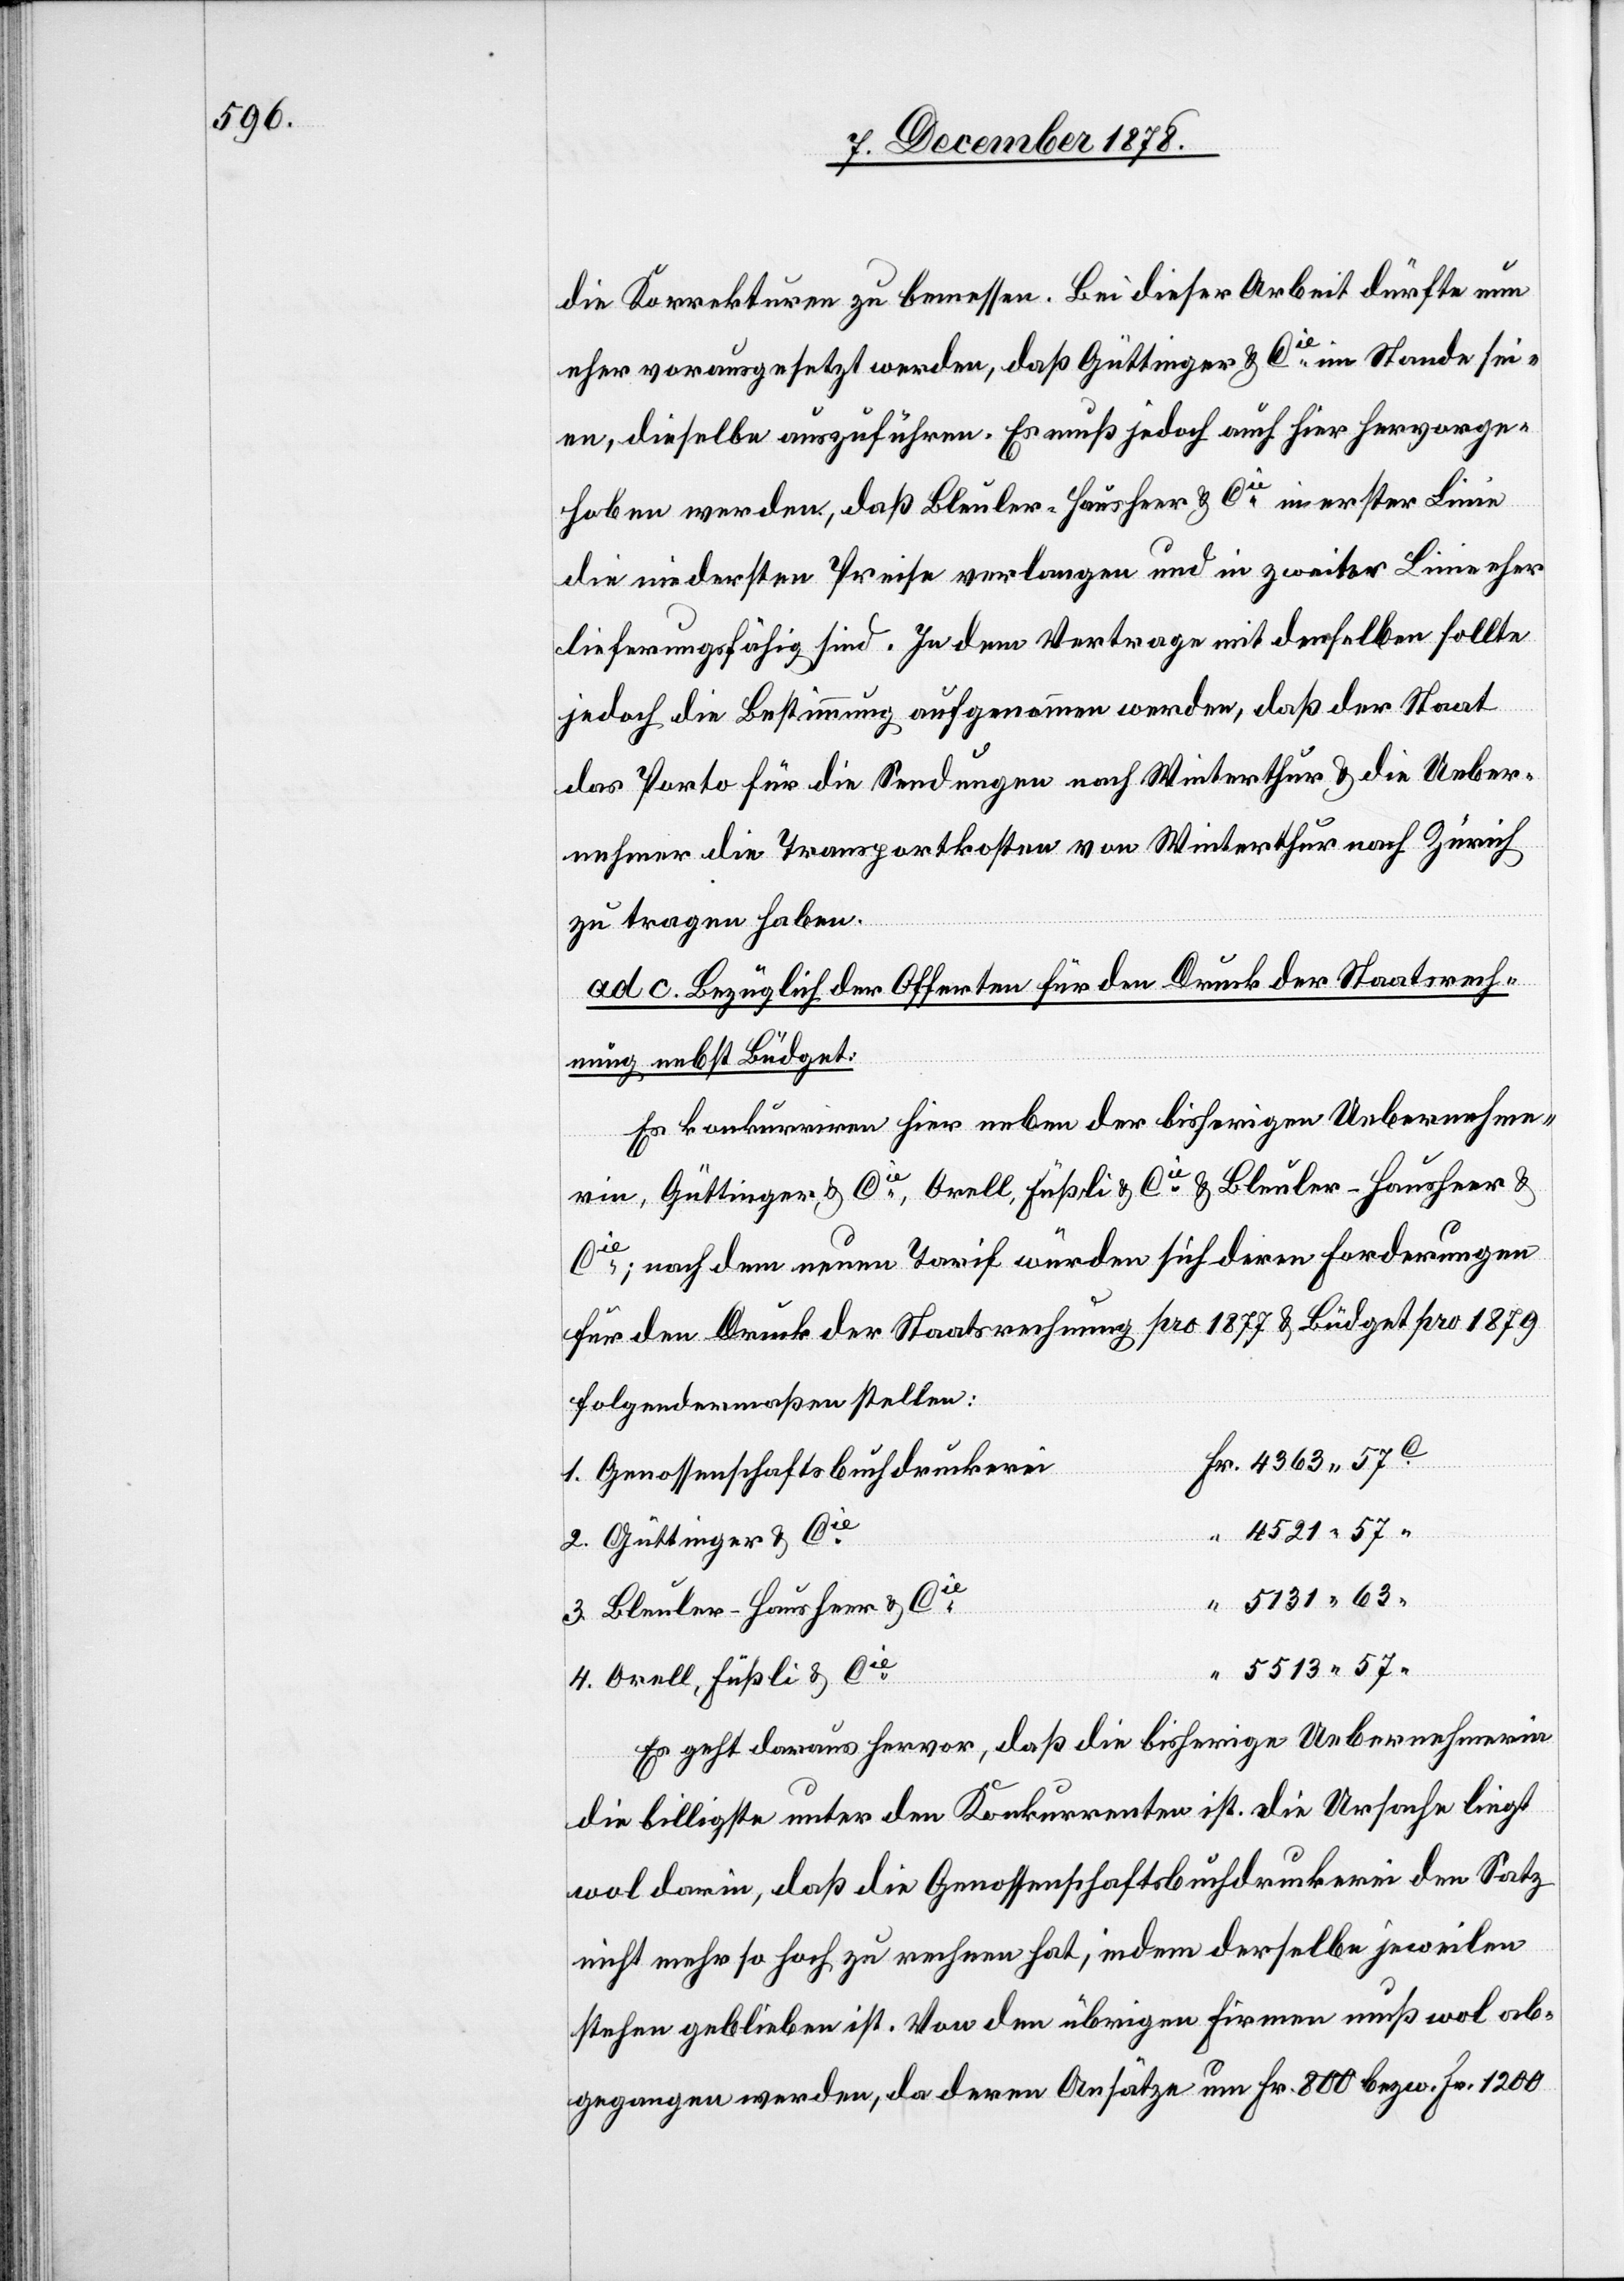
die Korrekturen zu bemessen. Bei dieser Arbeit dürfe nun
eher vorausgesetzt werden, daß Güttinger & Cie im Stande sei¬
en, dieselbe auszuführen. Es muß jedoch auch hier hervorge¬
hoben werden, daß Bleuler-Hausheer & Cie in erster Linie
die niedersten Preise verlangen und in zweiter Linie eher
lieferungsfähig sind. In dem Vertrage mit denselben sollte
jedoch die Bestimmung aufgenommen werden, daß der Staat
das Porto für die Sendungen nach Winterthur & die Ueber¬
nehmer die Transportkosten von Winterthur nach Zürich
zu tragen haben.
ad c. Bezüglich der Offerten für den Druck der Staatsrech¬
nung nebst Büdget:
Es konkurriren hier neben der bisherigen Uebernehme¬
rin, Güttinger & Cie, Orell, Füßli & Cie & Bleuler-Hausheer &
Cie; nach dem neuen Tarif würden sich deren Forderungen
für den Druck der Staatsrechnung pro 1877 & Büdget pro 1879
folgendermaßen stellen:
1. Genossenschaftsbuchdruckerei
Fr.
2. Güttinger & Cie
3. Bleuler-Hausheer & Cie
4. Orell, Füßli & Cie
Es geht daraus hervor, daß die bisherige Uebernehmerin
die billigste unter den Konkurrenten ist. Die Ursache liegt
wol darin, daß die Genossenschaftsbuchdruckereien den Satz
nicht mehr so hoch zu rechnen hat, indem derselbe jeweilen
stehen geblieben ist. Von den übrigen Firmen muß wol ab¬
gegangen werden, da deren Ansätze um Fr. 800 bezw. Fr. 1200